Leaving Certificate Examination, 1925
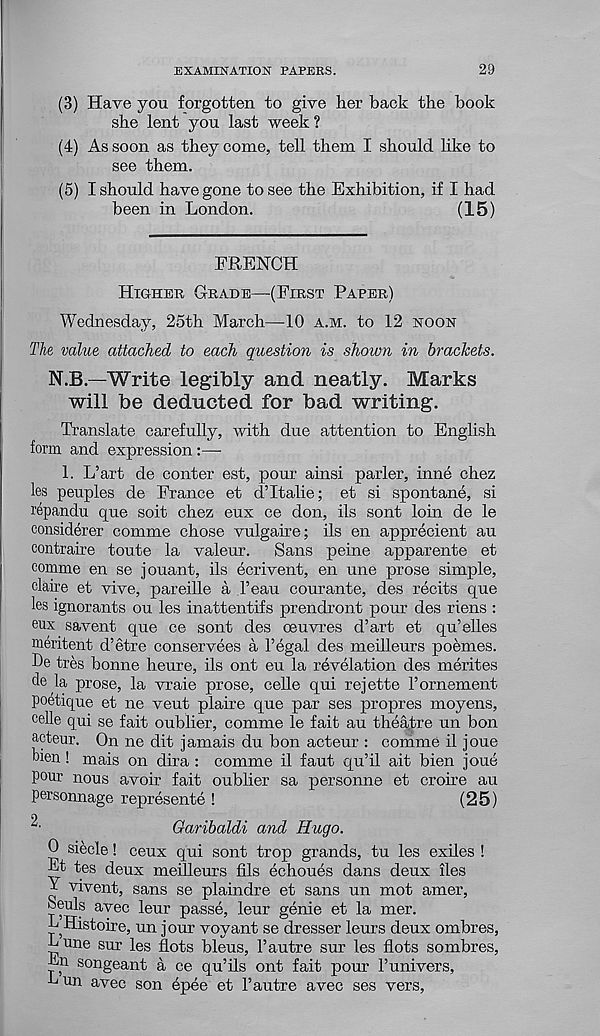
EXAMINATION PAPERS.
29
(3) Have you forgotten to give her back the book
she lent you last week?
(4) As soon as they come, tell them I should like to
see them.
(5) I should have gone to see the Exhibition, if I had
been in London.
(15)
FRENCH
Higher Grade—(First Paper)
Wednesday, 25th March—10 a.m. to 12 noon
The value attached to each question is shown in brackets.
N.B.—Write legibly and neatly. Marks
will be deducted for bad writing.
Translate carefully, with due attention to English
form and expression:—
1. L’art de conter est, pour ainsi parler, inne chez
les peuples de France et d’ltalie; et si spontane, si
repandu que soit chez eux ce don, ils sont loin de le
considerer comme chose vulgaire; ils en apprecient an
contraire toute la valeur.
Sans peine apparente et
comme en se jouant, ils ecrivent, en une prose simple,
claire et vive, pareille a I’eau courante, des recits que
les ignorants ou les inattentifs prendront pour des riens :
eux savent que ce sont des oeuvres d’art et qu’elles
meritent d’etre conservees a I’egal des meilleurs poemes.
He tres bonne heure, ils ont eu la revelation des merites
de la prose, la vraie prose, celle qui rejette Pornement
poetique et ne veut plaire que par ses propres moyens,
celle qui se fait oublier, comme le fait au theatre un bon
acteur. On ne dit jamais du bon acteur : comme il joue
bien! mais on dira : comme il faut qu’il ait bien joue
pour nous avoir fait oublier sa personne et croire au
personnage represente !
(25)
2.
Garibaldi and Hugo.
0 siecle! ceux qui sont trop grands, tu les exiles !
Lt tes deux meilleurs fils echoues dans deux lies
T vivent, sans se plaindre et sans un mot amer,
beuls avec leur passe, leur genie et la mer.
L Histoire, un jour voyant se dresser leurs deux ombres,
Lune sur les dots bleus, Pautre sur les dots sombres,
Ln songeant a ce qu’ils ont fait pour Punivers,
L un avec son epee et Pautre avec ses vers,